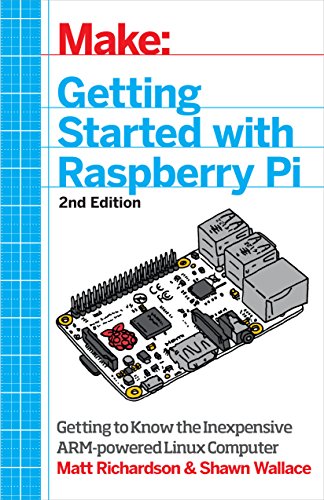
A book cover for Make: Getting Started with Raspberry Pi: Electronic Projects with the Low-Cost Pocket-Sized Computer; Matt Richardson; Computers & Technology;